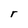
Character: r